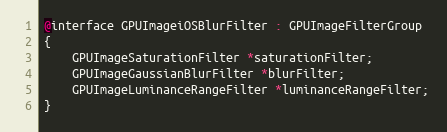
Language: C
@interface GPUImageiOSBlurFilter : GPUImageFilterGroup
{
    GPUImageSaturationFilter *saturationFilter;
    GPUImageGaussianBlurFilter *blurFilter;
    GPUImageLuminanceRangeFilter *luminanceRangeFilter;
}